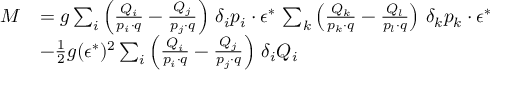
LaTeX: \begin{array} { r l } { { M } } & { { = g \sum _ { i } \left( { \frac { Q _ { i } } { p _ { i } \cdot q } } - { \frac { Q _ { j } } { p _ { j } \cdot q } } \right) \, \delta _ { i } p _ { i } \cdot \epsilon ^ { * } \, \sum _ { k } \left( { \frac { Q _ { k } } { p _ { k } \cdot q } } - { \frac { Q _ { l } } { p _ { l } \cdot q } } \right) \, \delta _ { k } p _ { k } \cdot \epsilon ^ { * } } } \\ { { } } & { { - { \frac { 1 } { 2 } } g ( \epsilon ^ { * } ) ^ { 2 } \sum _ { i } \left( { \frac { Q _ { i } } { p _ { i } \cdot q } } - { \frac { Q _ { j } } { p _ { j } \cdot q } } \right) \, \delta _ { i } Q _ { i } } } \end{array}